Civil Veterinary Dept. North-West Frontier Province 1933-46 - 1933-1946
Year: 1933
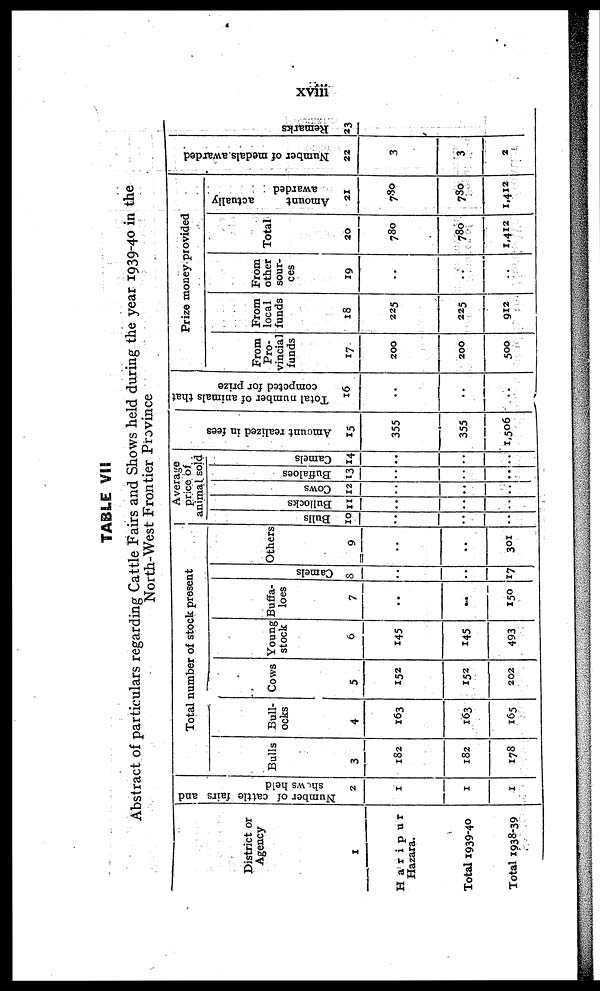
xviii
TABLE VII
Abstract of particulars regarding Cattle Fairs and Shows held during the year 1939-40 in the
North-West Frontier Province
District or
Agency
1
Haripur
Hazara.
Total 1939-40
Total 1938-39
Number of cattle fairs and
shows held
2
1
1
1
Bulls
3
182
182
178
Total number of stock present
Bull-
ocks
4
163
163
165
Cows
5
152
152
202
Young
stock
6
145
145
493
Buffa-
loes
7
..
...
150
Camels
8
..
..
17
Others
9
..
..
301
Average
price of
animal sold
Bulls
10
..
..
..
Bullocks
11
..
..
..
Cows
12
..
..
..
Buffaloes
13
..
..
Camels
14
..
..
..
Amount realized in fees
15
355
355
1,506
Total number of animals that
competed for prize
16
..
..
..
Prize money provided
From
Pro-
vincial
funds
17
200
200
500
From
local
funds
18
225
225
912
From
other
sour-
ces
19
..
..
..
Total
20
780
780
1,412
Amount
actually
awarded
21
780
780
1,412
Nu mb e r of medals awarded
22
3
3
2
Re ma r
ks
23